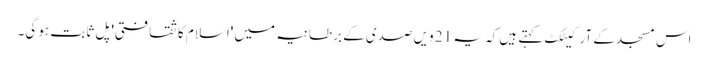
اس مسجد کے آرکیٹکٹ کہتے ہیں کہ یہ 21 ویں صدی کے برطانیہ میں 'اسلام کا ثقافتی' پل ثابت ہو گی۔